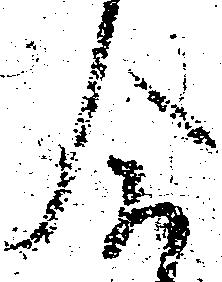
合